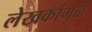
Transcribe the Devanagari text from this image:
लेखकांमुळे